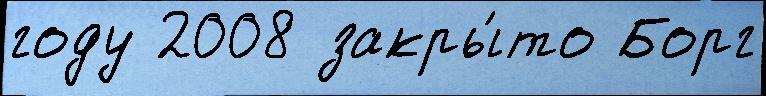
году 2008 закры́то Борг